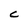
Character: C